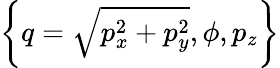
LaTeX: {\left\{ q=\sqrt{p_{x}^{2}+p_{y}^{2}},\phi,p_{z}\right\} }